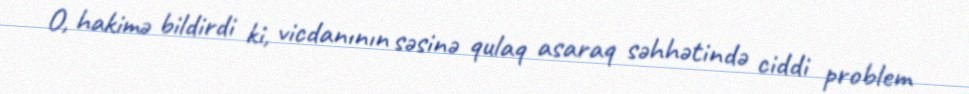
O, hakimə bildirdi ki, vicdanının səsinə qulaq asaraq səhhətində ciddi problem